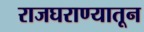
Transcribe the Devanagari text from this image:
राजघराण्यातून